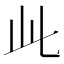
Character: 𬼘